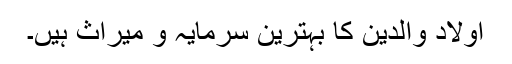
اولاد والدین کا بہترین سرمایہ و میراث ہیں۔